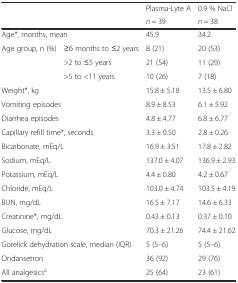
<table><thead><tr><td rowspan="2" colspan="2"></td><td><b>Plasma-Lyte A</b></td><td><b>0.9 % NaCl</b></td></tr><tr><td><b><i>n</i> = 39</b></td><td><b><i>n</i> = 38</b></td></tr></thead><tbody><tr><td colspan="2">Age*, months, mean</td><td>45.9</td><td>34.2</td></tr><tr><td>Age group, n (%)</td><td>≥6 months to ≤2 years</td><td>8 (21)</td><td>20 (53)</td></tr><tr><td></td><td>&gt;2 to ≤5 years</td><td>21 (54)</td><td>11 (29)</td></tr><tr><td></td><td>&gt;5 to &lt;11 years</td><td>10 (26)</td><td>7 (18)</td></tr><tr><td colspan="2">Weight*, kg</td><td>15.8 ± 5.18</td><td>13.5 ± 6.80</td></tr><tr><td colspan="2">Vomiting episodes</td><td>8.9 ± 8.53</td><td>6.1 ± 5.92</td></tr><tr><td colspan="2">Diarrhea episodes</td><td>4.8 ± 4.77</td><td>6.8 ± 6.77</td></tr><tr><td colspan="2">Capillary refill time*, seconds</td><td>3.3 ± 0.50</td><td>2.8 ± 0.26</td></tr><tr><td colspan="2">Bicarbonate, mEq/L</td><td>16.9 ± 3.51</td><td>17.8 ± 2.82</td></tr><tr><td colspan="2">Sodium, mEq/L</td><td>137.0 ± 4.07</td><td>136.9 ± 2.93</td></tr><tr><td colspan="2">Potassium, mEq/L</td><td>4.4 ± 0.80</td><td>4.2 ± 0.67</td></tr><tr><td colspan="2">Chloride, mEq/L</td><td>103.0 ± 4.74</td><td>103.5 ± 4.19</td></tr><tr><td colspan="2">BUN, mg/dL</td><td>16.5 ± 7.17</td><td>14.6 ± 6.33</td></tr><tr><td colspan="2">Creatinine*, mg/dL</td><td>0.43 ± 0.13</td><td>0.37 ± 0.10</td></tr><tr><td colspan="2">Glucose, mg/dL</td><td>70.3 ± 21.26</td><td>74.4 ± 21.62</td></tr><tr><td colspan="2">Gorelick dehydration scale, median (IQR)</td><td>5 (5–6)</td><td>5 (5–6)</td></tr><tr><td colspan="2">Ondansetron</td><td>36 (92)</td><td>29 (76)</td></tr><tr><td colspan="2">All analgesics<sup>a</sup></td><td>25 (64)</td><td>23 (61)</td></tr></tbody></table>